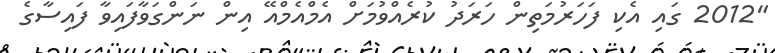
"2012 ގައި އެކި ފަހަރުމަތިން ހަރަދު ކުރެއްވުމަށް އެމްއެމްއޭ އިން ނަންގަވާފައިވާ ފައިސާގެ